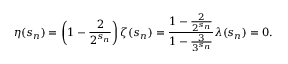
\eta ( s _ { n } ) = \left( 1 - { \frac { 2 } { 2 ^ { s _ { n } } } } \right) \zeta ( s _ { n } ) = { \frac { 1 - { \frac { 2 } { 2 ^ { s _ { n } } } } } { 1 - { \frac { 3 } { 3 ^ { s _ { n } } } } } } \lambda ( s _ { n } ) = 0 .